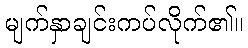
မျက်နှာချင်းကပ်လိုက်၏။